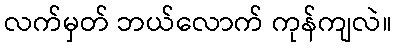
လက်မှတ် ဘယ်လောက် ကုန်ကျလဲ။